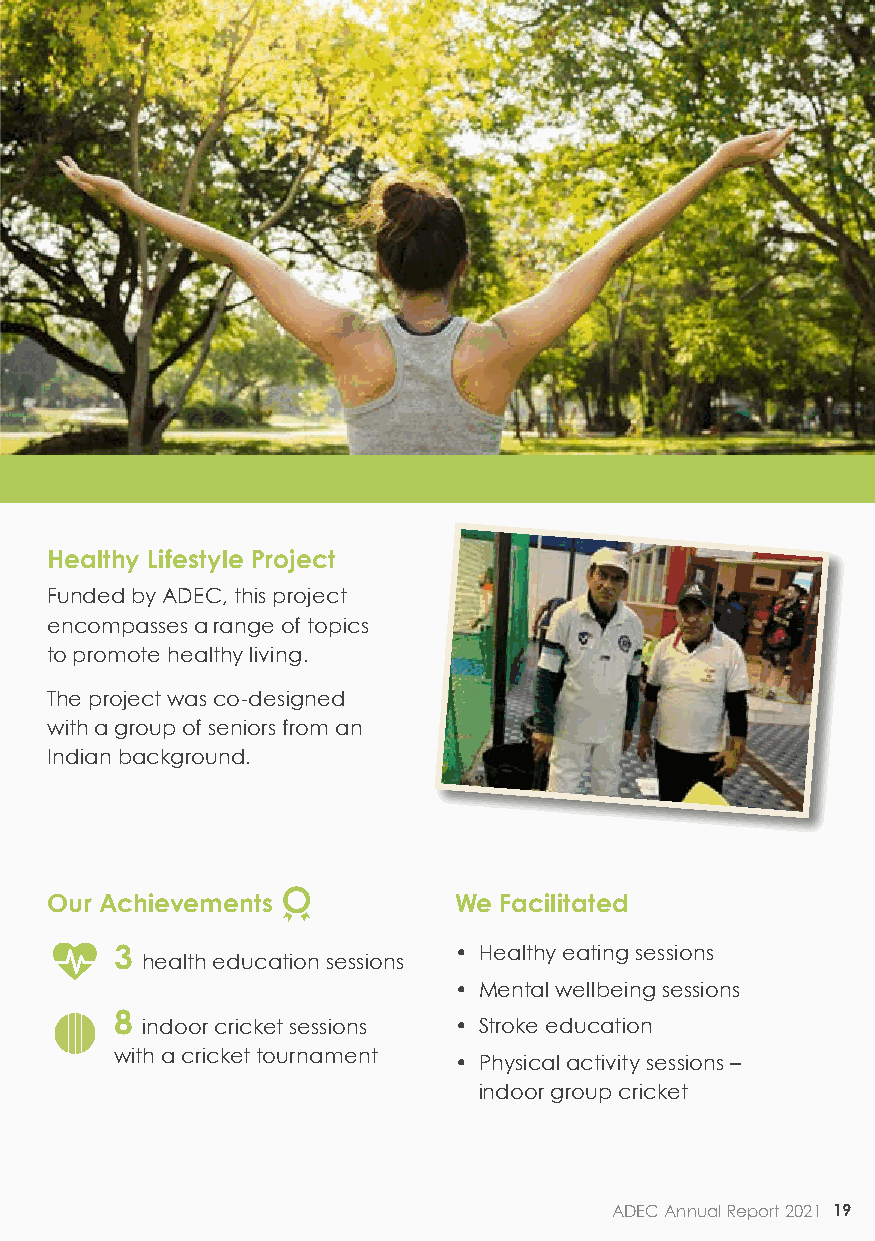
Healthy Lifestyle Project
 Funded by ADEC, this project
 encompasses a range of topics
 to promote healthy living.
 The project was co-designed
 with a group of seniors from an
 Indian background.
 Our Achievements           We Facilitated
    3                     • Healthy eating sessions
 health education sessions
 • Mental wellbeing sessions
 8
 indoor cricket sessions • Stroke education
 with a cricket tournament
 • Physical activity sessions –
 indoor group cricket
 ADEC Annual Report 2021 19